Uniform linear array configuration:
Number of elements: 32
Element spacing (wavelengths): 0.25
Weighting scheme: uniform
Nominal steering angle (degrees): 0
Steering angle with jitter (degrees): -1.57
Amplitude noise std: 0.05
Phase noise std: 0.05

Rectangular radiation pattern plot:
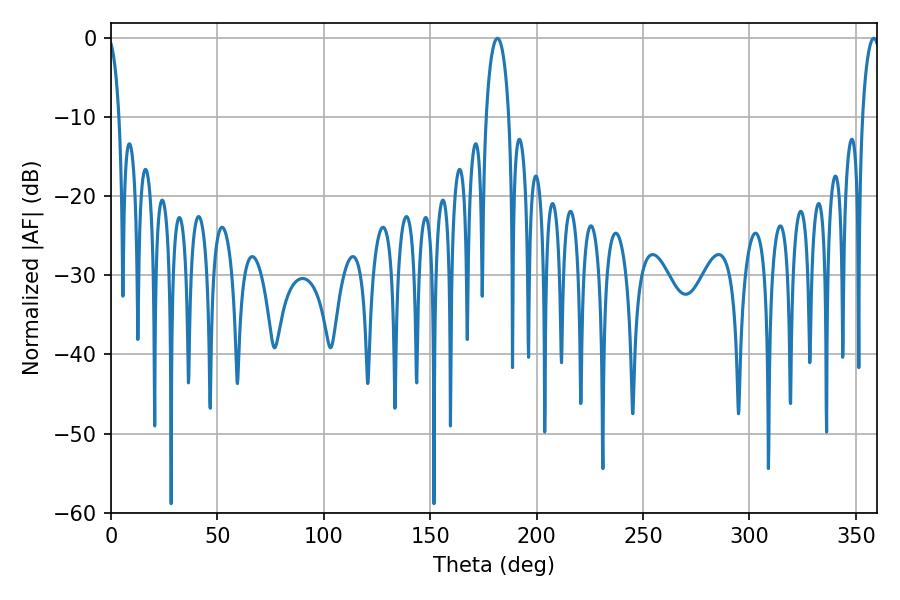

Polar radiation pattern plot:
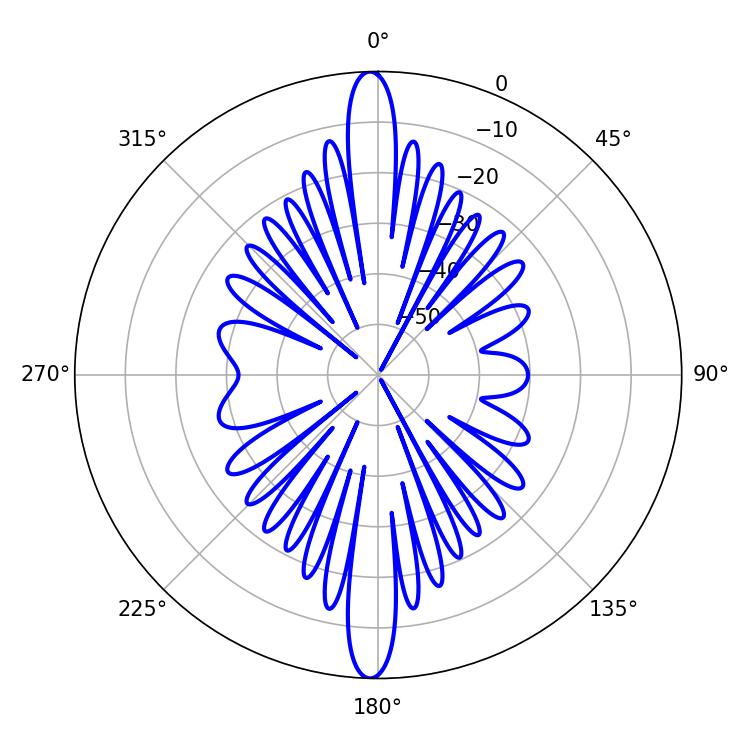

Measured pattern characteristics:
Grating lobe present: FALSE
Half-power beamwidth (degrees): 6.12
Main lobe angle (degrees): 181.62